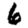
Digit: 6